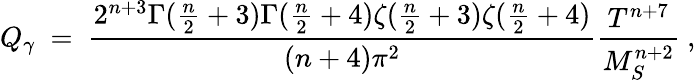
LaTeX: Q_{\gamma}\ =\ {\frac{2^{n+3}\Gamma({\frac{n}{2}}+3)\Gamma({\frac{n}{2}}+4)\zeta({\frac{n}{2}}+3)\zeta({\frac{n}{2}}+4)}{(n+4)\pi^{2}}}{\frac{T^{n+7}}{M_{S}^{n+2}}}\ ,